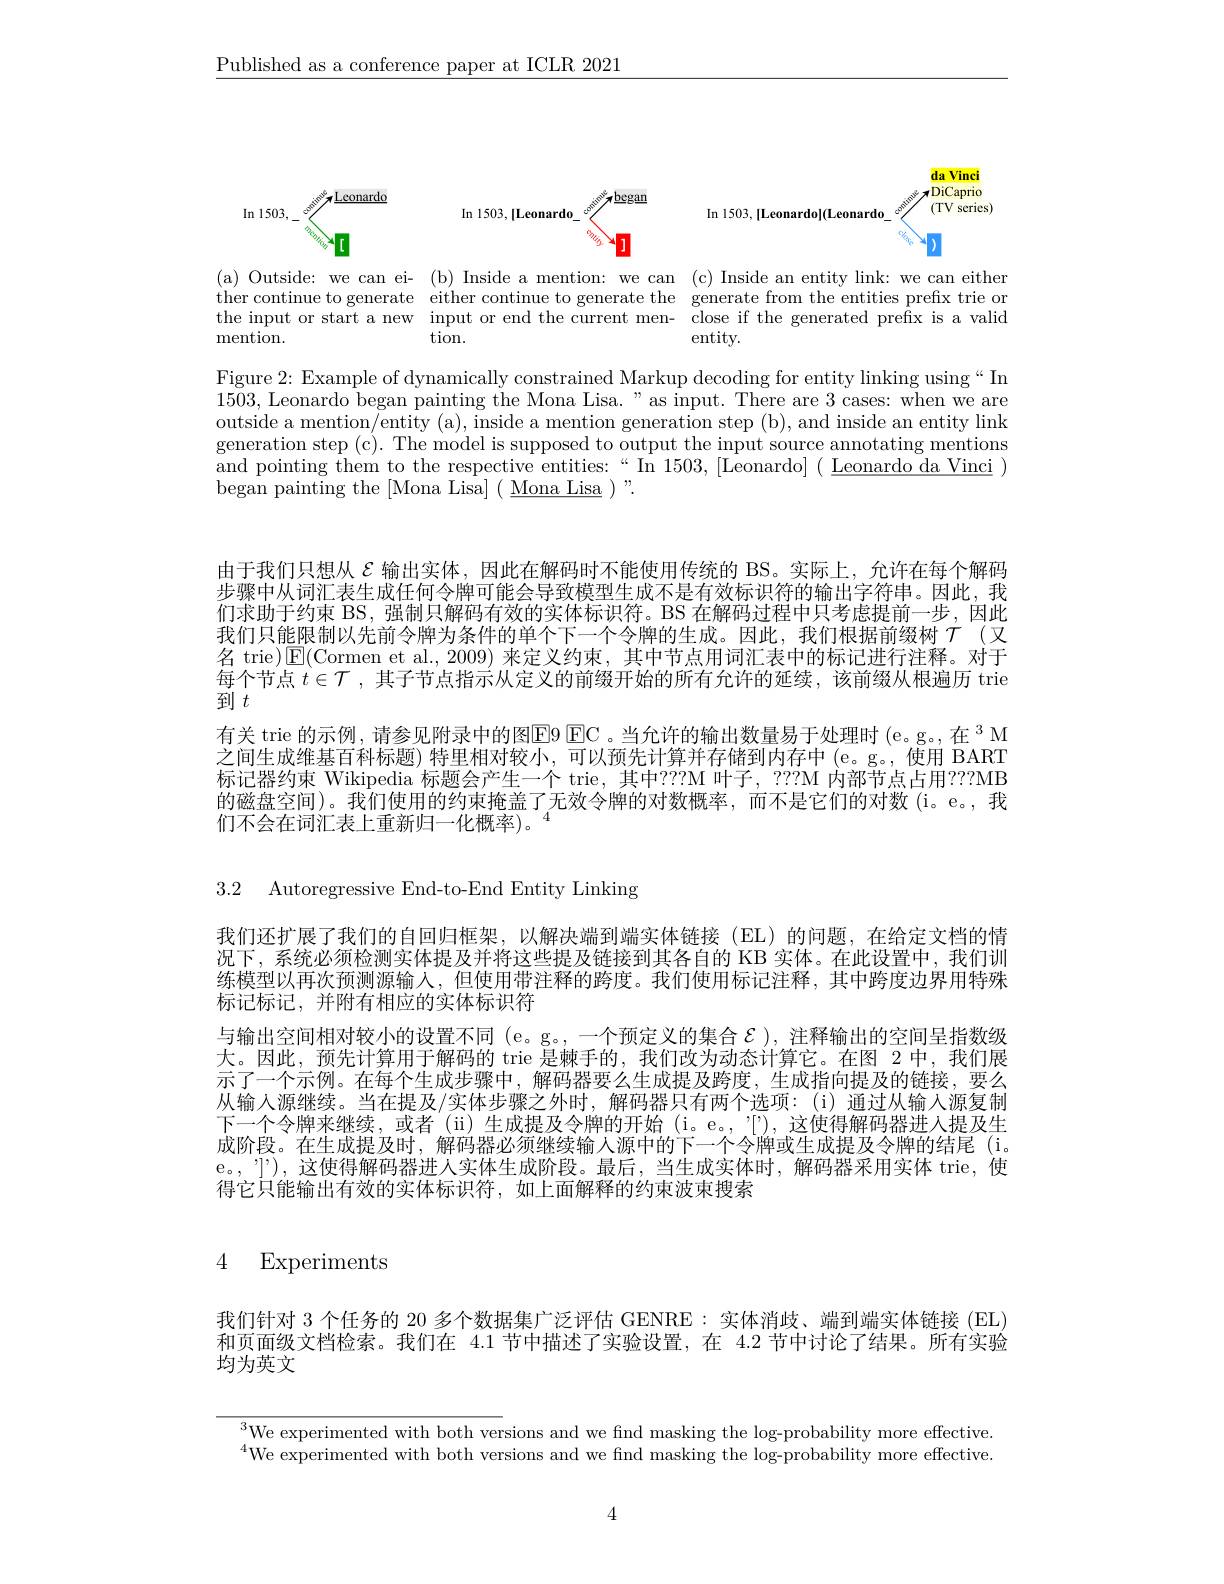
$\underline{\text{Published as a conference paper at ICLR 2021}}$

<FigureHere>

(a) the

Figure 2: Example of dynamically constrained Markup decoding for entity linking using“ In 1503, Leonardo began painting the Mona Lisa." as input. There are 3 cases: when we are outside a mention/entity (a), inside a mention generation step (b), and inside an entity link generation step (c). The model is supposed to output the input source annotating mentions and pointing them to the respective entities:“ In $1503,[\bar{\text{Leonardo}}](\underline{\text{Leonardo da Vinci }})$ began painting the [Mona Lisa] ( Mona Lisa )".

由于我们只想从$\mathcal{E}$输出实体，因此在解码时不能使用传统的 BS。实际上，允许在每个解码步骤中从词汇表生成任何令牌可能会导致模型生成不是有效标识符的输出字符串。因此，我们求助于约束 BS, 强制只解码有效的实体标识符。BS 在解码过程中只考虑提前一步，因此我们只能限制以先前令牌为条件的单个下一个令牌的生成。因此，我们根据前缀树$\tau$(又名 trie)$\operatorname{E}($Cormen et al.,2009) 来定义约束，其中节点用词汇表中的标记进行注释。对于每个节点$t\in\mathcal{T}$,其子节点指示从定义的前缀开始的所有允许的延续，该前缀从根遍历 trie 到$\dot t$
有关 trie 的示例，请参见附录中的图EFC。当允许的输出数量易于处理时(e。g。在 $^3$M 之间生成维基百科标题) 特里相对较小，可以预先计算并存储到内存中(e。g。,使用 BART 标记器约束 Wikipedia 标题会产生一个 trie,其中？??M 叶子，???M 内部节点占用？??MB 的磁盘空间)。我们使用的约束掩盖了无效令牌的对数概率，而不是它们的对数(i。e。,我们不会在词汇表上重新归一化概率)。“

3.2 Autoregressive End-to-End Entity Linking

我们还扩展了我们的自回归框架，以解决端到端实体链接(EL)的问题，在给定文档的情况下，系统必须检测实体提及并将这些提及链接到其各自的 KB 实体。在此设置中，我们训练模型以再次预测源输入，但使用带注释的跨度。我们使用标记注释，其中跨度边界用特殊标记标记，并附有相应的实体标识符
与输出空间相对较小的设置不同 (e。g。,一个预定义的集合$\mathcal{E})$,注释输出的空间呈指数级大。因此，预先计算用于解码的 trie 是棘手的，我们改为动态计算它。在图 2中，我们展示了一个示例。在每个生成步骤中，解码器要么生成提及跨度，生成指向提及的链接，要么从输人源继续。当在提及/实体步骤之外时，解码器只有两个选项：(i)通过从输入源复制下一个令牌来继续，或者(ii)生成提及令牌的开始(i。e。,"['),这使得解码器进入提及生成阶段。在生成提及时，解码器必须继续输入源中的下一个令牌或生成提及令牌的结尾(i, e。,"]’),这使得解码器进人实体生成阶段。最后，当生成实体时，解码器采用实体 trie,使得它只能输出有效的实体标识符，如上面解释的约束波束搜索

4 Experiments

我们针对 3 个任务的 20 多个数据集广泛评估 GENRE:实体消歧、端到端实体链接 (EL) 和页面级文档检索。我们在 4.1 节中描述了实验设置，在 4.2 节中讨论了结果。所有实验均为英文

We experimented with both versions and we find masking the log-probability more effective $^{4}$We experimented with both versions and we find masking the log-probability more effective.

4